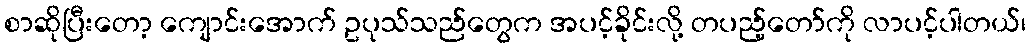
စာဆိုပြီးတော့ ကျောင်းအောက် ဥပုသ်သည်တွေက အပင့်ခိုင်းလို့ တပည့်တော်ကို လာပင့်ပါတယ်၊